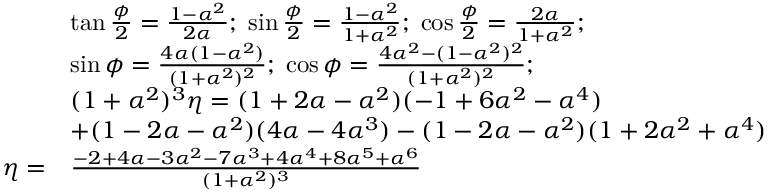
\begin{array} { r l } & { \tan \frac { \phi } { 2 } = \frac { 1 - \alpha ^ { 2 } } { 2 \alpha } ; \; \sin \frac { \phi } { 2 } = \frac { 1 - \alpha ^ { 2 } } { 1 + \alpha ^ { 2 } } ; \; \cos \frac { \phi } { 2 } = \frac { 2 \alpha } { 1 + \alpha ^ { 2 } } ; } \\ & { \sin \phi = \frac { 4 \alpha ( 1 - \alpha ^ { 2 } ) } { ( 1 + \alpha ^ { 2 } ) ^ { 2 } } ; \; \cos \phi = \frac { 4 \alpha ^ { 2 } - ( 1 - \alpha ^ { 2 } ) ^ { 2 } } { ( 1 + \alpha ^ { 2 } ) ^ { 2 } } ; } \\ & { ( 1 + \alpha ^ { 2 } ) ^ { 3 } \eta = ( 1 + 2 \alpha - \alpha ^ { 2 } ) ( - 1 + 6 \alpha ^ { 2 } - \alpha ^ { 4 } ) } \\ & { + ( 1 - 2 \alpha - \alpha ^ { 2 } ) ( 4 \alpha - 4 \alpha ^ { 3 } ) - ( 1 - 2 \alpha - \alpha ^ { 2 } ) ( 1 + 2 \alpha ^ { 2 } + \alpha ^ { 4 } ) } \\ { \eta = } & { \frac { - 2 + 4 \alpha - 3 \alpha ^ { 2 } - 7 \alpha ^ { 3 } + 4 \alpha ^ { 4 } + 8 \alpha ^ { 5 } + \alpha ^ { 6 } } { ( 1 + \alpha ^ { 2 } ) ^ { 3 } } } \end{array}